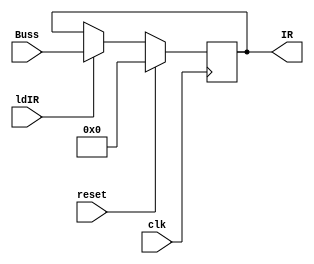
`timescale 1ns / 1ps
//////////////////////////////////////////////////////////////////////////////////
// Company: 
// Engineer: 
// 
// Design Name: 
// Module Name:    IR 
// Project Name: 
// Target Devices: 
// Tool versions: 
// Description: 
//
// Dependencies: 
//
// Revision: 
// Revision 0.01 - File Created
// Additional Comments: 
//
//////////////////////////////////////////////////////////////////////////////////
module IR(IR, clk, ldIR, reset, Buss);
	input clk, ldIR, reset;
	input [15:0] Buss;
	output reg [15:0] IR;
	
	always @(posedge clk) begin
		if (reset)
			IR <= 16'd0;
		else if (ldIR)
			IR <= Buss;
	end
endmodule